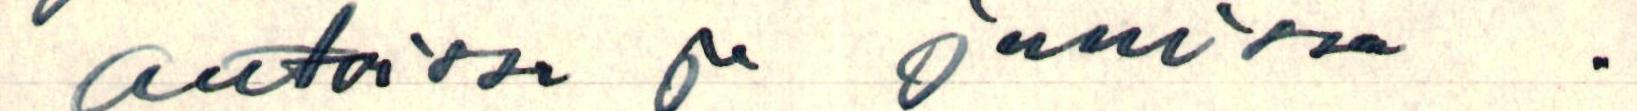
autoisssa ja junissa.